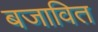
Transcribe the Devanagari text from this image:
बजावित